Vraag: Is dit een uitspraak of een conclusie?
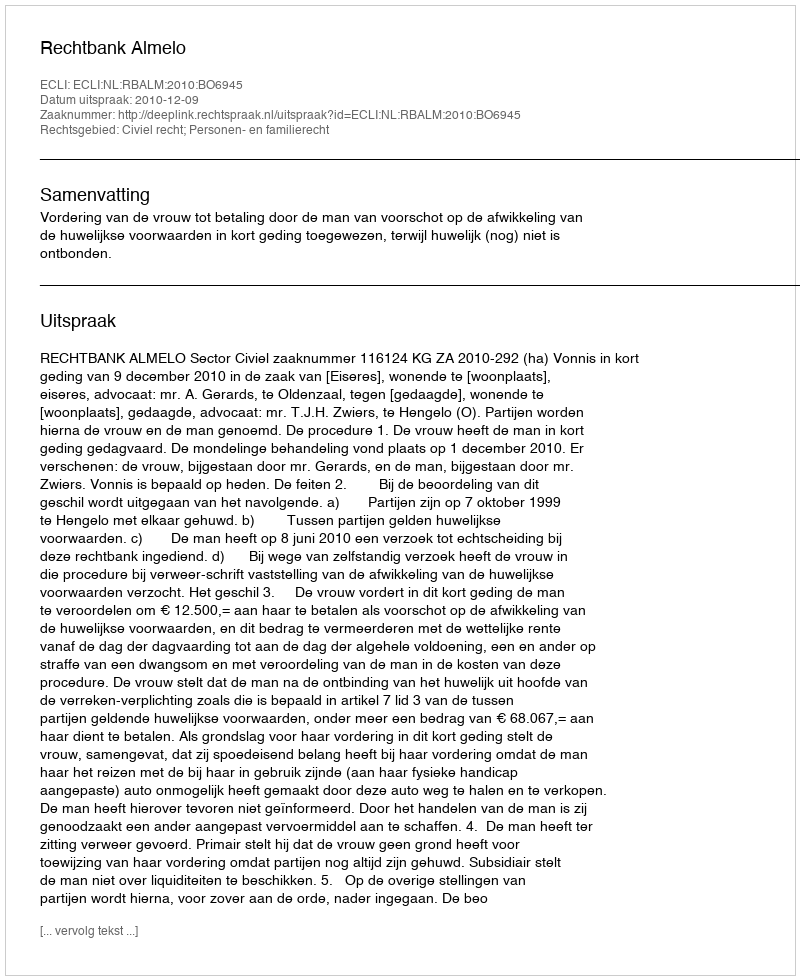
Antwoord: Uitspraak